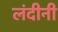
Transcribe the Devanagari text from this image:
लंदीनी